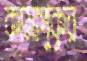
কামাপুকুর